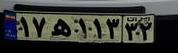
۱۷ه۱۱۳۳۲